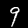
Label: 9